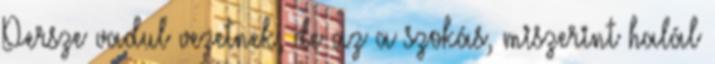
Persze vadul vezetnek, de az a szokás, miszerint halál